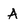
Character: A